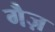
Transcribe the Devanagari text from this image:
गैज़